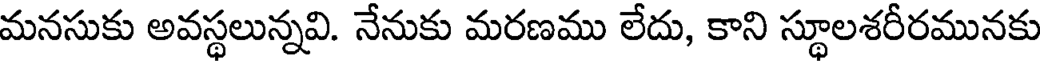
మనసుకు అవస్థలున్నవి. నేనుకు మరణము లేదు, కాని స్థూలశరీరమునకు